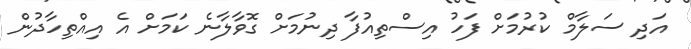
އަދި ސަލާމް ކުރުމަށް ފަހު އިސްތިއުފާ ދިނުމަށް ގޮވާލާނެ ކަމަށް އެ އިއްތިހާދުން